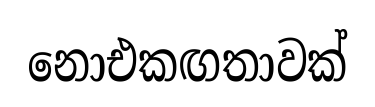
නොඑකඟතාවක්